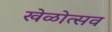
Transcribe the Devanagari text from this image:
खेळोत्सव